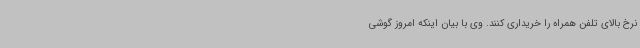
نرخ بالای تلفن همراه را خریداری کنند. وی با بیان اینکه امروز گوشی